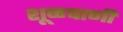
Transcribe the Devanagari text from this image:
शूळपाणी